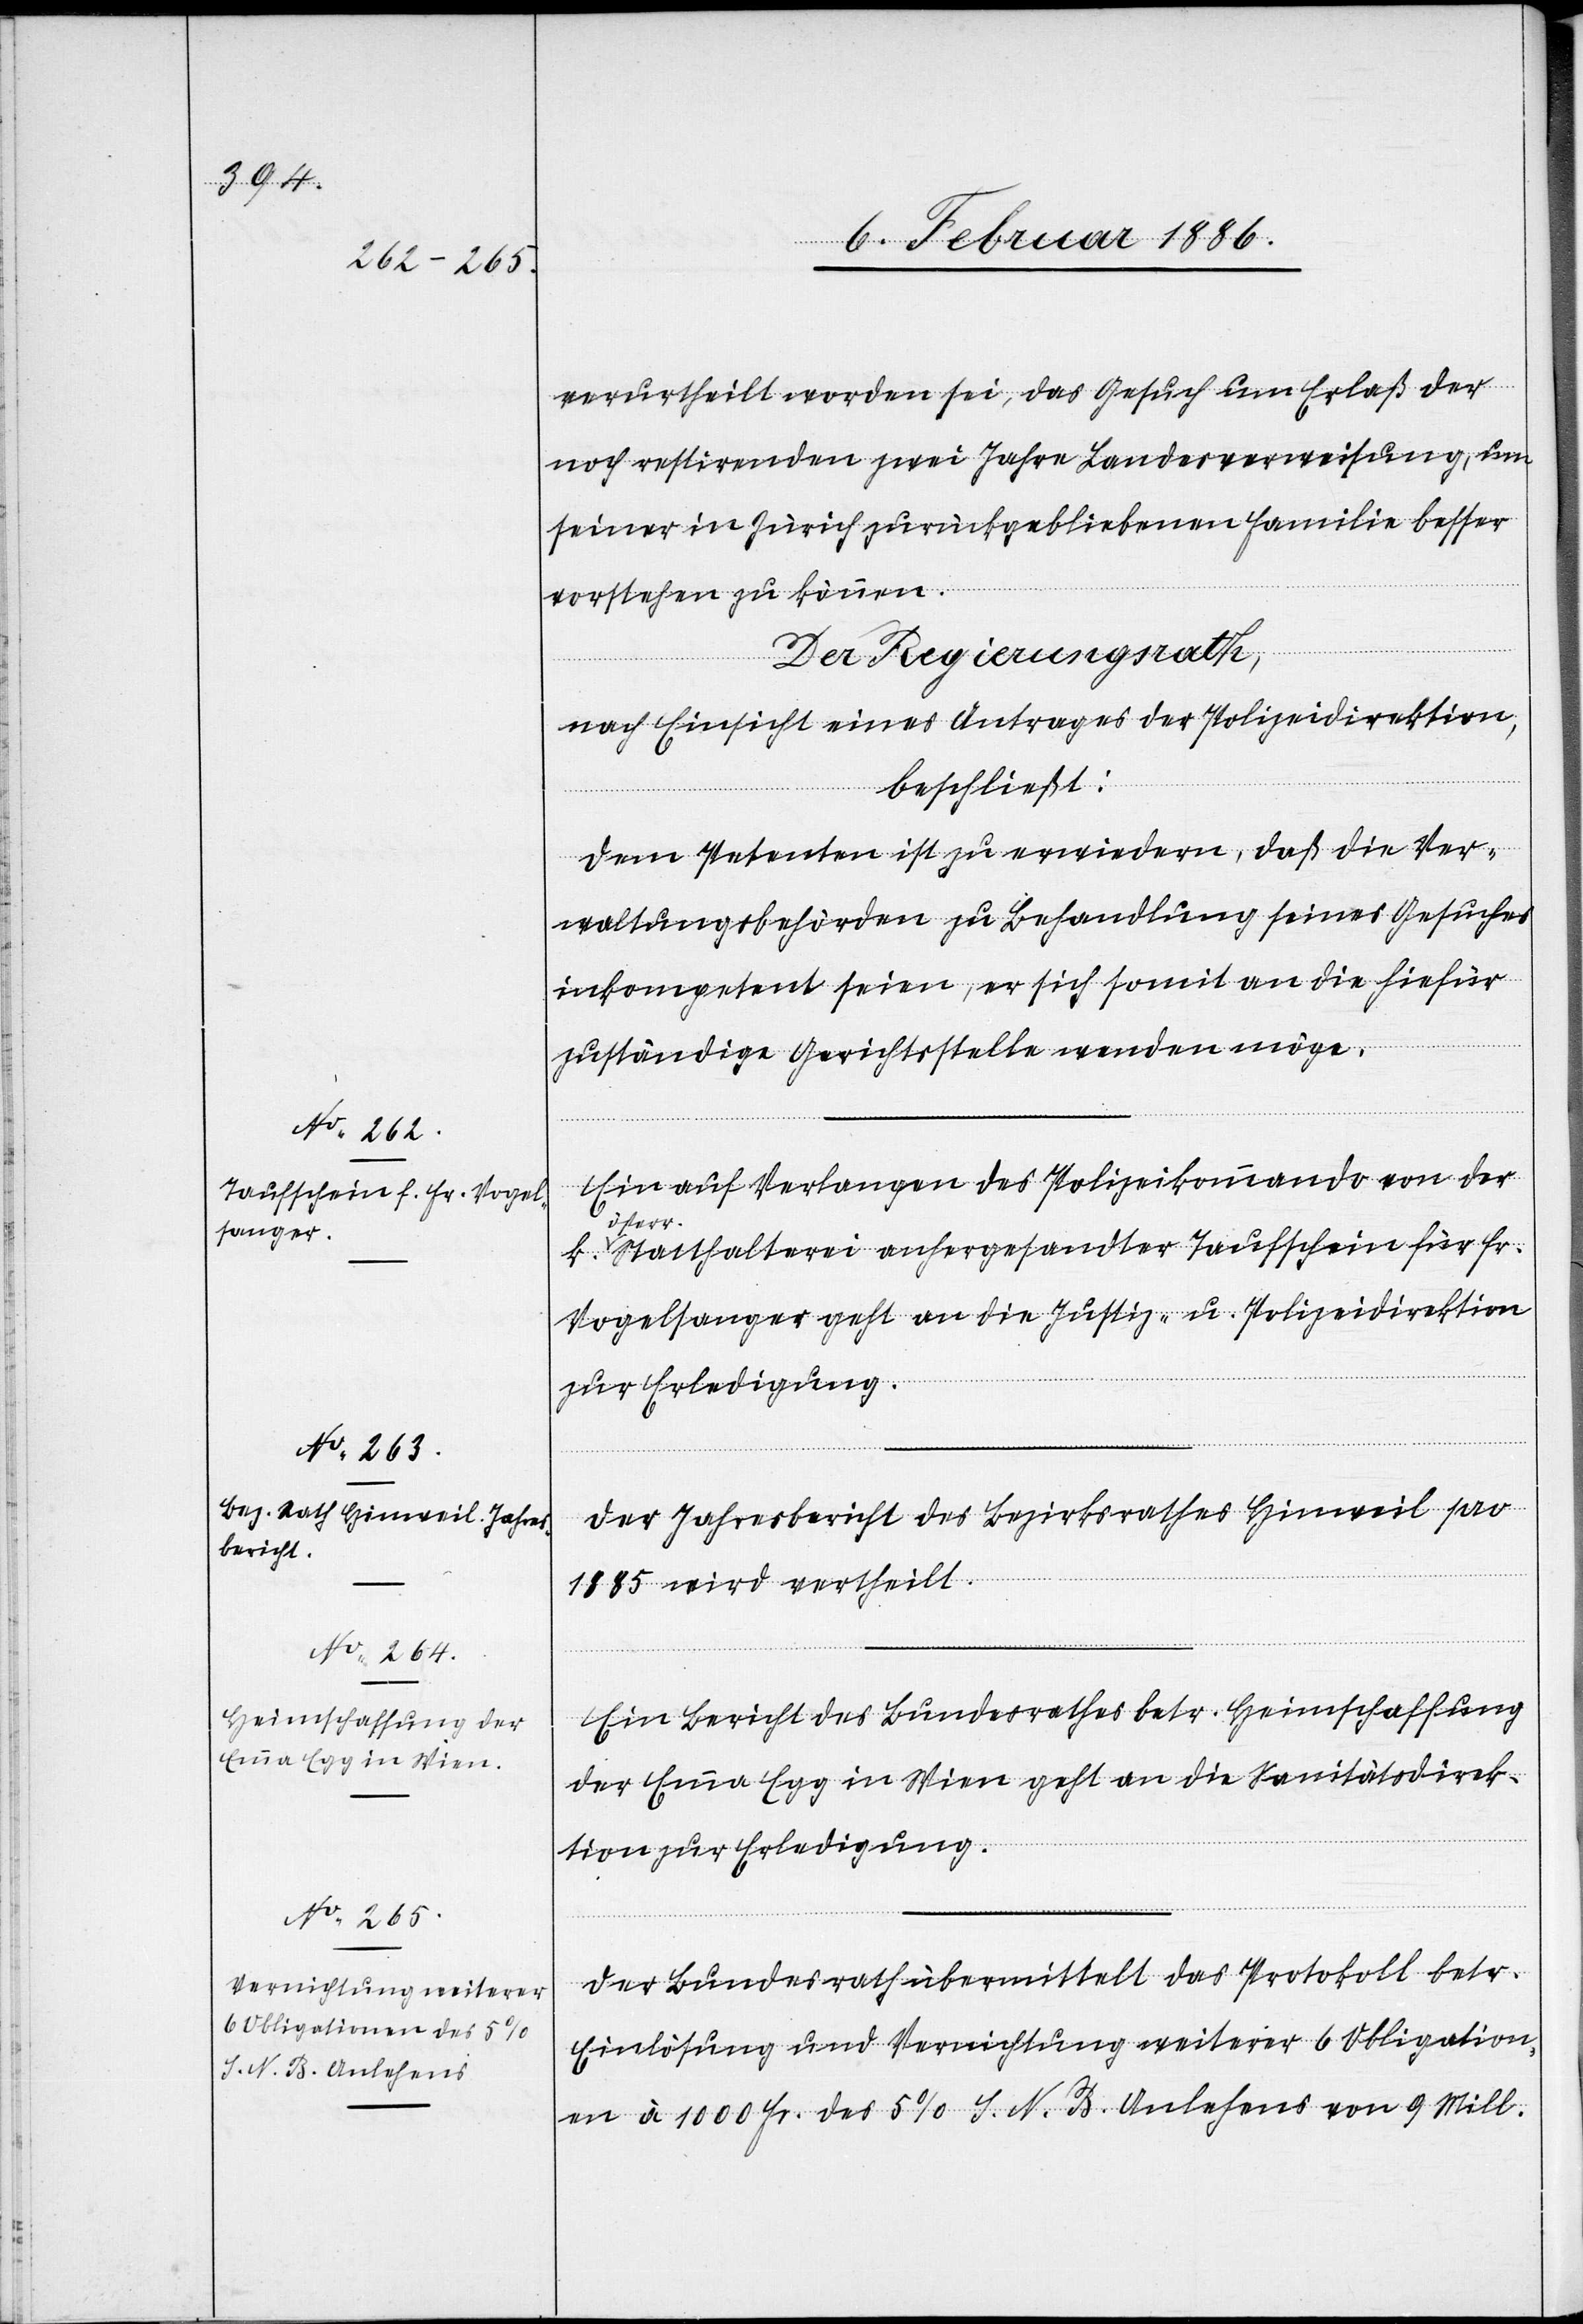
10. Februar 1886.]
verurtheilt worden sei, das Gesuch um Erlaß der
noch restirenden zwei Jahre Landesverweisung, um
seiner in Zürich zurückgebliebenen Familie besser
vorstehen zu können.
Der Regierungsrath,
nach Einsicht eines Antrages der Polizeidirektion,
beschließt:
Dem Petenten ist zu erwiedern, daß die Ver¬
waltungsbehörden zur Behandlung seines Gesuches
inkompetent seien, er sich somit an die hiefür
zuständige Gerichtsstelle wenden möge.
Ein auf Verlangen des Polizeikommando von der
öster¬
r. Statthalterei anhergesandter Taufschein für Fr.
Vogelsanger geht an die Justiz- u. Polizeidirektion
zur Erledigung.
Der Jahresbericht des Bezirksrathes Hinweil pro
1885 wird vertheilt.
Ein Bericht des Bundesrathes betr. Heimschaffung
der Emma Egg in Wien geht an die Sanitätsdirek¬
tion zur Erledigung.
Der Bundesrath übermittelt das Protokoll betr.
Einlösung und Vernichtung weiterer 6 Obligation¬
en à 1000 Fr. des 5% S. N. B. Anlehens von 9 Mill.